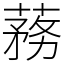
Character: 蓩